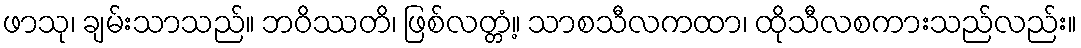
ဖာသု၊ ချမ်းသာသည်။ ဘဝိဿတိ၊ ဖြစ်လတ္တံ့။ သာစသီလကထာ၊ ထိုသီလစကားသည်လည်း။